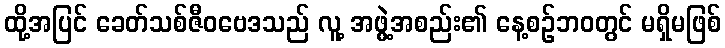
ထို့အပြင် ခေတ်သစ်ဇီဝဗေဒသည် လူ့ အဖွဲ့အစည်း၏ နေ့စဉ်ဘဝတွင် မရှိမဖြစ်